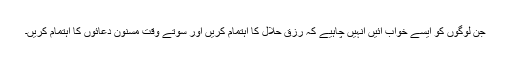
جن لوگوں کو ایسے خواب آئیں انہیں چاہیے کہ رزق حلال کا اہتمام کریں اور سوتے وقت مسنون دعائوں کا اہتمام کریں۔